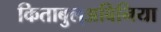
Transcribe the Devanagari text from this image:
किताबुल्अबिनिया